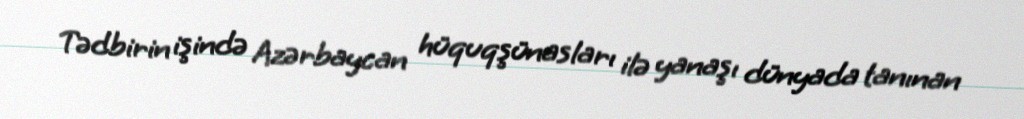
Tədbirin işində Azərbaycan hüquqşünasları ilə yanaşı dünyada tanınan